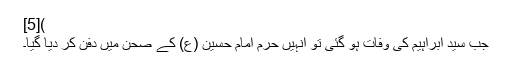
)[5]
جب سید ابراہیم کی وفات ہو گئی تو انہیں حرم امام حسین (ع) کے صحن میں دفن کر دیا گیا۔